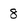
Character: 8